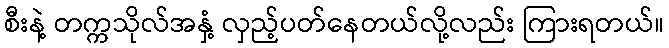
စီးနဲ့ တက္ကသိုလ်အနှံ့ လှည့်ပတ်နေတယ်လို့လည်း ကြားရတယ်။